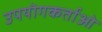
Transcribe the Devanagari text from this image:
उपयॊगकर्ताओ